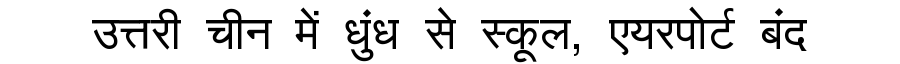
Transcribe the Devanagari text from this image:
उत्तरी चीन में धुंध से स्कूल, एयरपोर्ट बंद